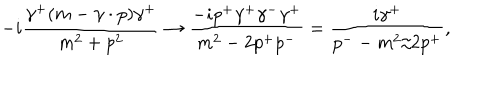
- i { \frac { \gamma ^ { + } ( m - \gamma \cdot p ) \gamma ^ { + } } { m ^ { 2 } + p ^ { 2 } } } \to { \frac { - i p ^ { + } \gamma ^ { + } \gamma ^ { - } \gamma ^ { + } } { m ^ { 2 } - 2 p ^ { + } p ^ { - } } } = { \frac { i \gamma ^ { + } } { p ^ { -- } m ^ { 2 } / 2 p ^ { + } } } ,